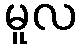
မူလ